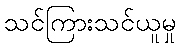
သင်ကြားသင်ယူမှု